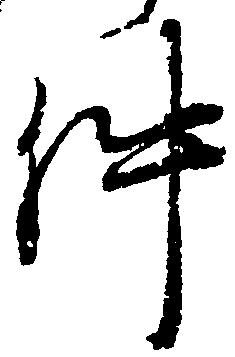
件